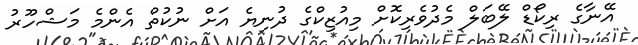
އޭނާގެ ރިކޯޑް ލޭބަލް މެދުވެރިކޮށް މިއުޒިކްގެ ދުނިޔެ އަށް ނުކުތް އެންމެ މަޝްހޫރު